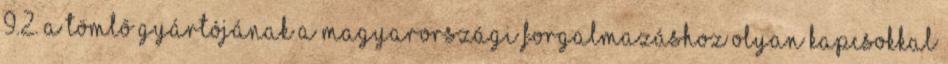
9.2. A tömlõ gyártójának a magyarországi forgalmazáshoz olyan kapcsokkal